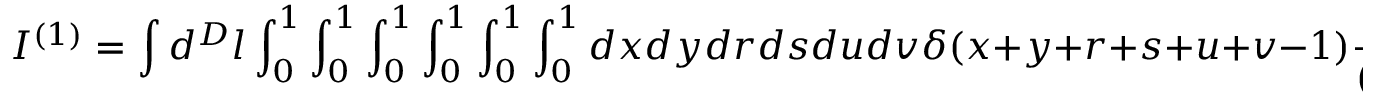
I ^ { ( 1 ) } = \int d ^ { D } l \int _ { 0 } ^ { 1 } \int _ { 0 } ^ { 1 } \int _ { 0 } ^ { 1 } \int _ { 0 } ^ { 1 } \int _ { 0 } ^ { 1 } \int _ { 0 } ^ { 1 } d x d y d r d s d u d v \delta ( x + y + r + s + u + v - 1 ) \frac { 1 2 0 } { ( l ^ { 2 } - \Delta ) ^ { 6 } } \, .